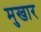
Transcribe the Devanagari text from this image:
मुखार